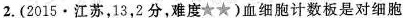
2.(2015·江苏，13，2分，难度★★)血细胞计数板是对细胞